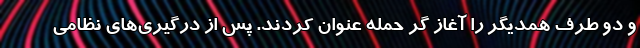
و دو طرف همدیگر را آغاز گر حمله عنوان کردند. پس از درگیری‌های نظامی